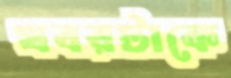
খবরটাকে